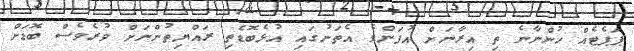
ޕަޕެޓެއް ހުންނާނެ ތި އިރާނަށް އުފަންވެ އެތަނުގައި އުޅެބޮޑެތި ރައްޔިތުންނަށް ވުރެވެސް ބޮޑަށް